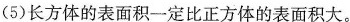
(5)长方体的表面积一定比正方体的表面积大。